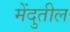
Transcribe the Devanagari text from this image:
मेंदुतील